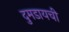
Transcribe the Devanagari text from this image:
दुमडायची